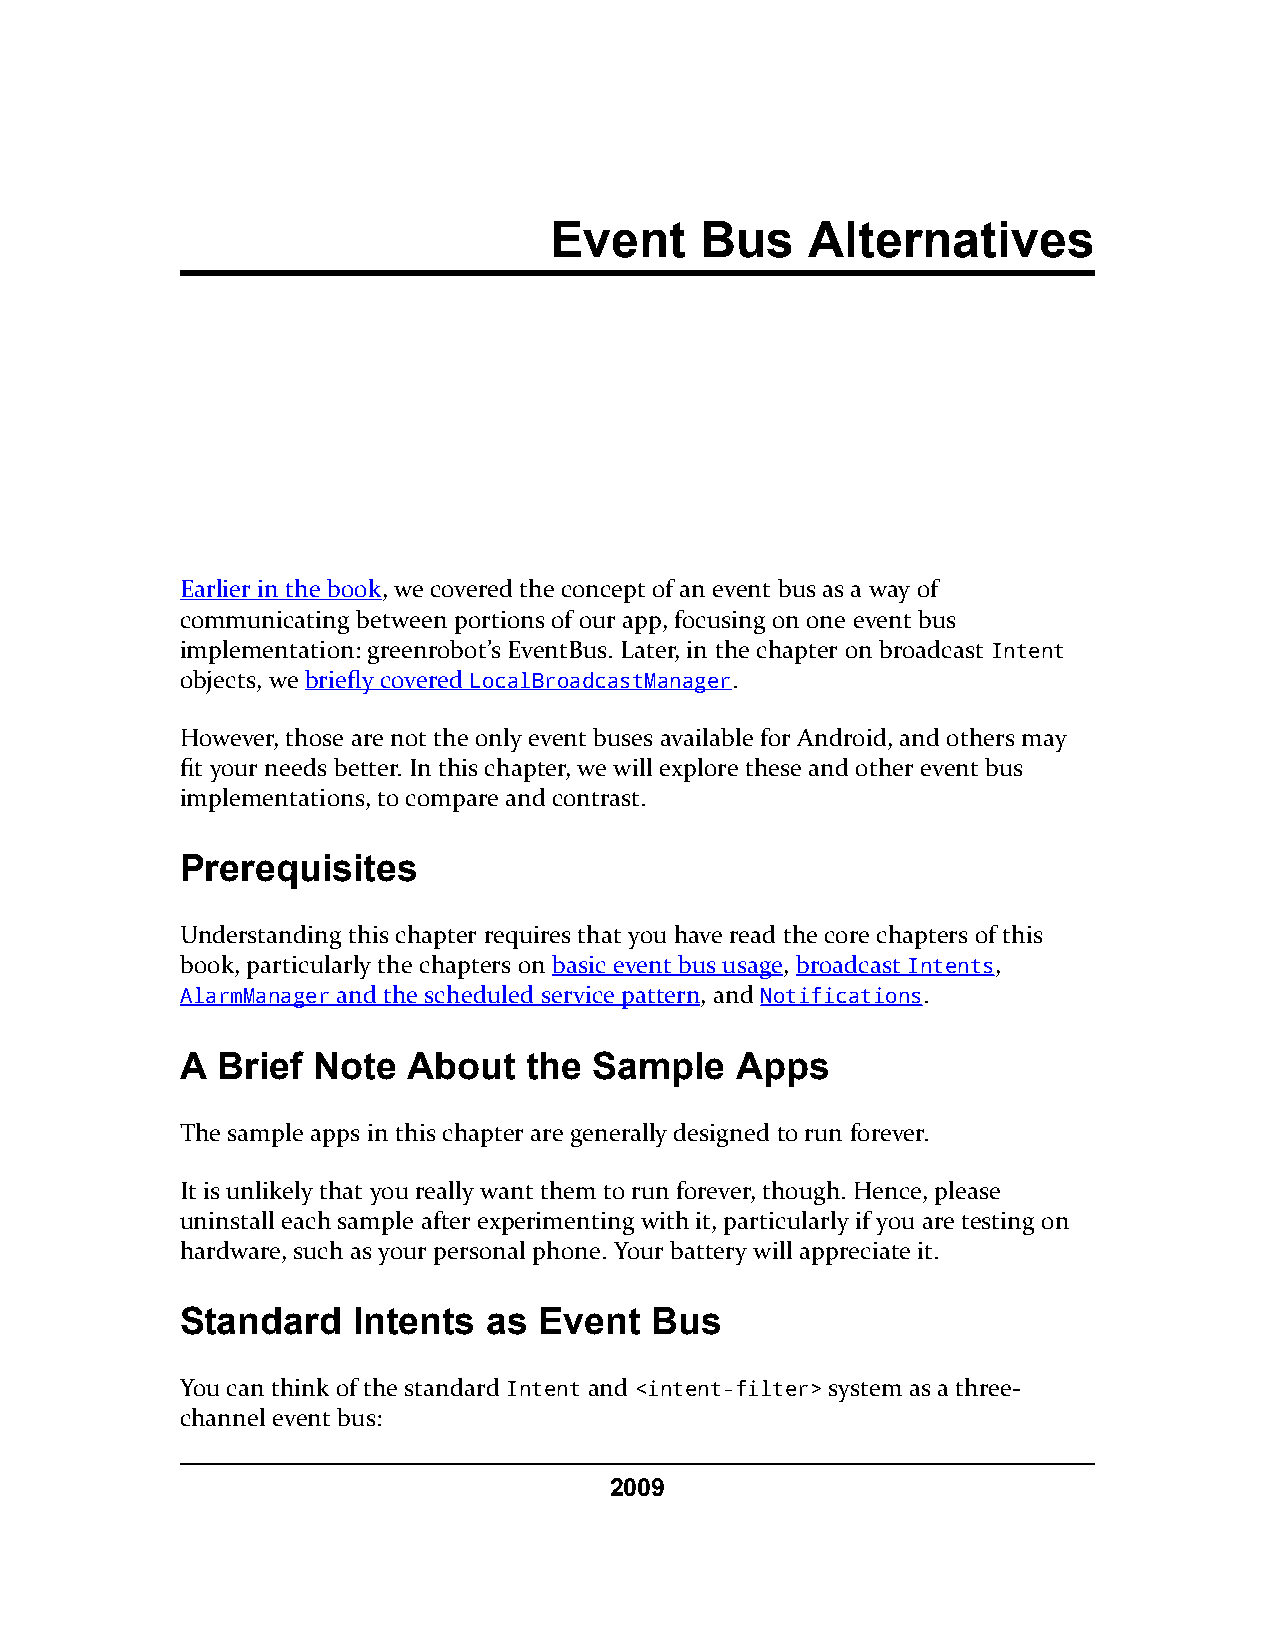
Event     Bus     Alternatives
 Earlier in the book, we covered the concept of an event bus as a way of
 communicating between portions of our app, focusing on one event bus
 implementation: greenrobot’s EventBus. Later, in the chapter on broadcast Intent
 objects, we briefly covered LocalBroadcastManager.
 However, those are not the only event buses available for Android, and others may
 fit your needs better. In this chapter, we will explore these and other event bus
 implementations, to compare and contrast.
 Prerequisites
 Understanding this chapter requires that you have read the core chapters of this
 book, particularly the chapters on basic event bus usage, broadcast Intents,
 AlarmManager and the scheduled service pattern, and Notifications.
 A Brief  Note  About   the Sample    Apps
 The sample apps in this chapter are generally designed to run forever.
 It is unlikely that you really want them to run forever, though. Hence, please
 uninstall each sample after experimenting with it, particularly if you are testing on
 hardware, such as your personal phone. Your battery will appreciate it.
 Standard   Intents  as  Event  Bus
 You can think of the standard Intent and <intent-filter> system as a three-
 channel event bus:
 2009